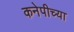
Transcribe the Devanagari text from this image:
कनेपीच्या